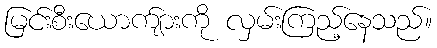
မြင်းစီးယောက်ျားကို လှမ်းကြည့်နေသည်။